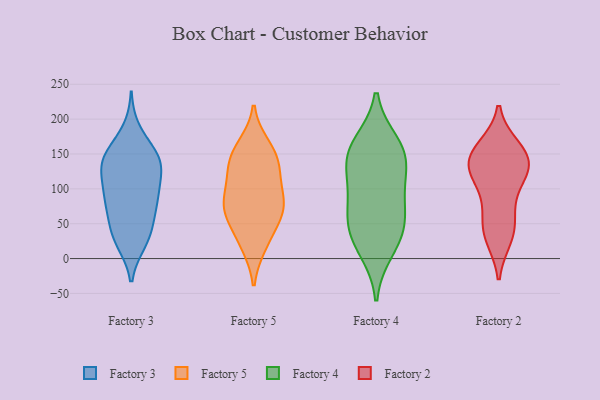
{"axis": {"x": "Customer Acquisition Cost (USD)", "y": "Value"}, "legend": ["Factory 2", "Factory 3", "Factory 4", "Factory 5"], "data": [{"x": "", "y": 149, "type": "Factory 3"}, {"x": "", "y": 136, "type": "Factory 3"}, {"x": "", "y": 153, "type": "Factory 3"}, {"x": "", "y": 25, "type": "Factory 3"}, {"x": "", "y": 24, "type": "Factory 3"}, {"x": "", "y": 134, "type": "Factory 3"}, {"x": "", "y": 56, "type": "Factory 3"}, {"x": "", "y": 80, "type": "Factory 3"}, {"x": "", "y": 89, "type": "Factory 3"}, {"x": "", "y": 183, "type": "Factory 3"}, {"x": "", "y": 78, "type": "Factory 3"}, {"x": "", "y": 134, "type": "Factory 3"}, {"x": "", "y": 38, "type": "Factory 3"}, {"x": "", "y": 35, "type": "Factory 3"}, {"x": "", "y": 145, "type": "Factory 3"}, {"x": "", "y": 87, "type": "Factory 3"}, {"x": "", "y": 94, "type": "Factory 3"}, {"x": "", "y": 112, "type": "Factory 3"}, {"x": "", "y": 133, "type": "Factory 3"}, {"x": "", "y": 147, "type": "Factory 5"}, {"x": "", "y": 72, "type": "Factory 5"}, {"x": "", "y": 26, "type": "Factory 5"}, {"x": "", "y": 149, "type": "Factory 5"}, {"x": "", "y": 129, "type": "Factory 5"}, {"x": "", "y": 60, "type": "Factory 5"}, {"x": "", "y": 20, "type": "Factory 5"}, {"x": "", "y": 103, "type": "Factory 5"}, {"x": "", "y": 80, "type": "Factory 5"}, {"x": "", "y": 74, "type": "Factory 5"}, {"x": "", "y": 161, "type": "Factory 5"}, {"x": "", "y": 71, "type": "Factory 5"}, {"x": "", "y": 122, "type": "Factory 5"}, {"x": "", "y": 13, "type": "Factory 4"}, {"x": "", "y": 96, "type": "Factory 4"}, {"x": "", "y": 143, "type": "Factory 4"}, {"x": "", "y": 58, "type": "Factory 4"}, {"x": "", "y": 164, "type": "Factory 4"}, {"x": "", "y": 144, "type": "Factory 4"}, {"x": "", "y": 152, "type": "Factory 4"}, {"x": "", "y": 39, "type": "Factory 4"}, {"x": "", "y": 41, "type": "Factory 4"}, {"x": "", "y": 93, "type": "Factory 4"}, {"x": "", "y": 48, "type": "Factory 2"}, {"x": "", "y": 114, "type": "Factory 2"}, {"x": "", "y": 30, "type": "Factory 2"}, {"x": "", "y": 95, "type": "Factory 2"}, {"x": "", "y": 159, "type": "Factory 2"}, {"x": "", "y": 138, "type": "Factory 2"}, {"x": "", "y": 133, "type": "Factory 2"}, {"x": "", "y": 128, "type": "Factory 2"}, {"x": "", "y": 63, "type": "Factory 2"}, {"x": "", "y": 156, "type": "Factory 2"}, {"x": "", "y": 150, "type": "Factory 2"}, {"x": "", "y": 133, "type": "Factory 2"}, {"x": "", "y": 33, "type": "Factory 2"}]}